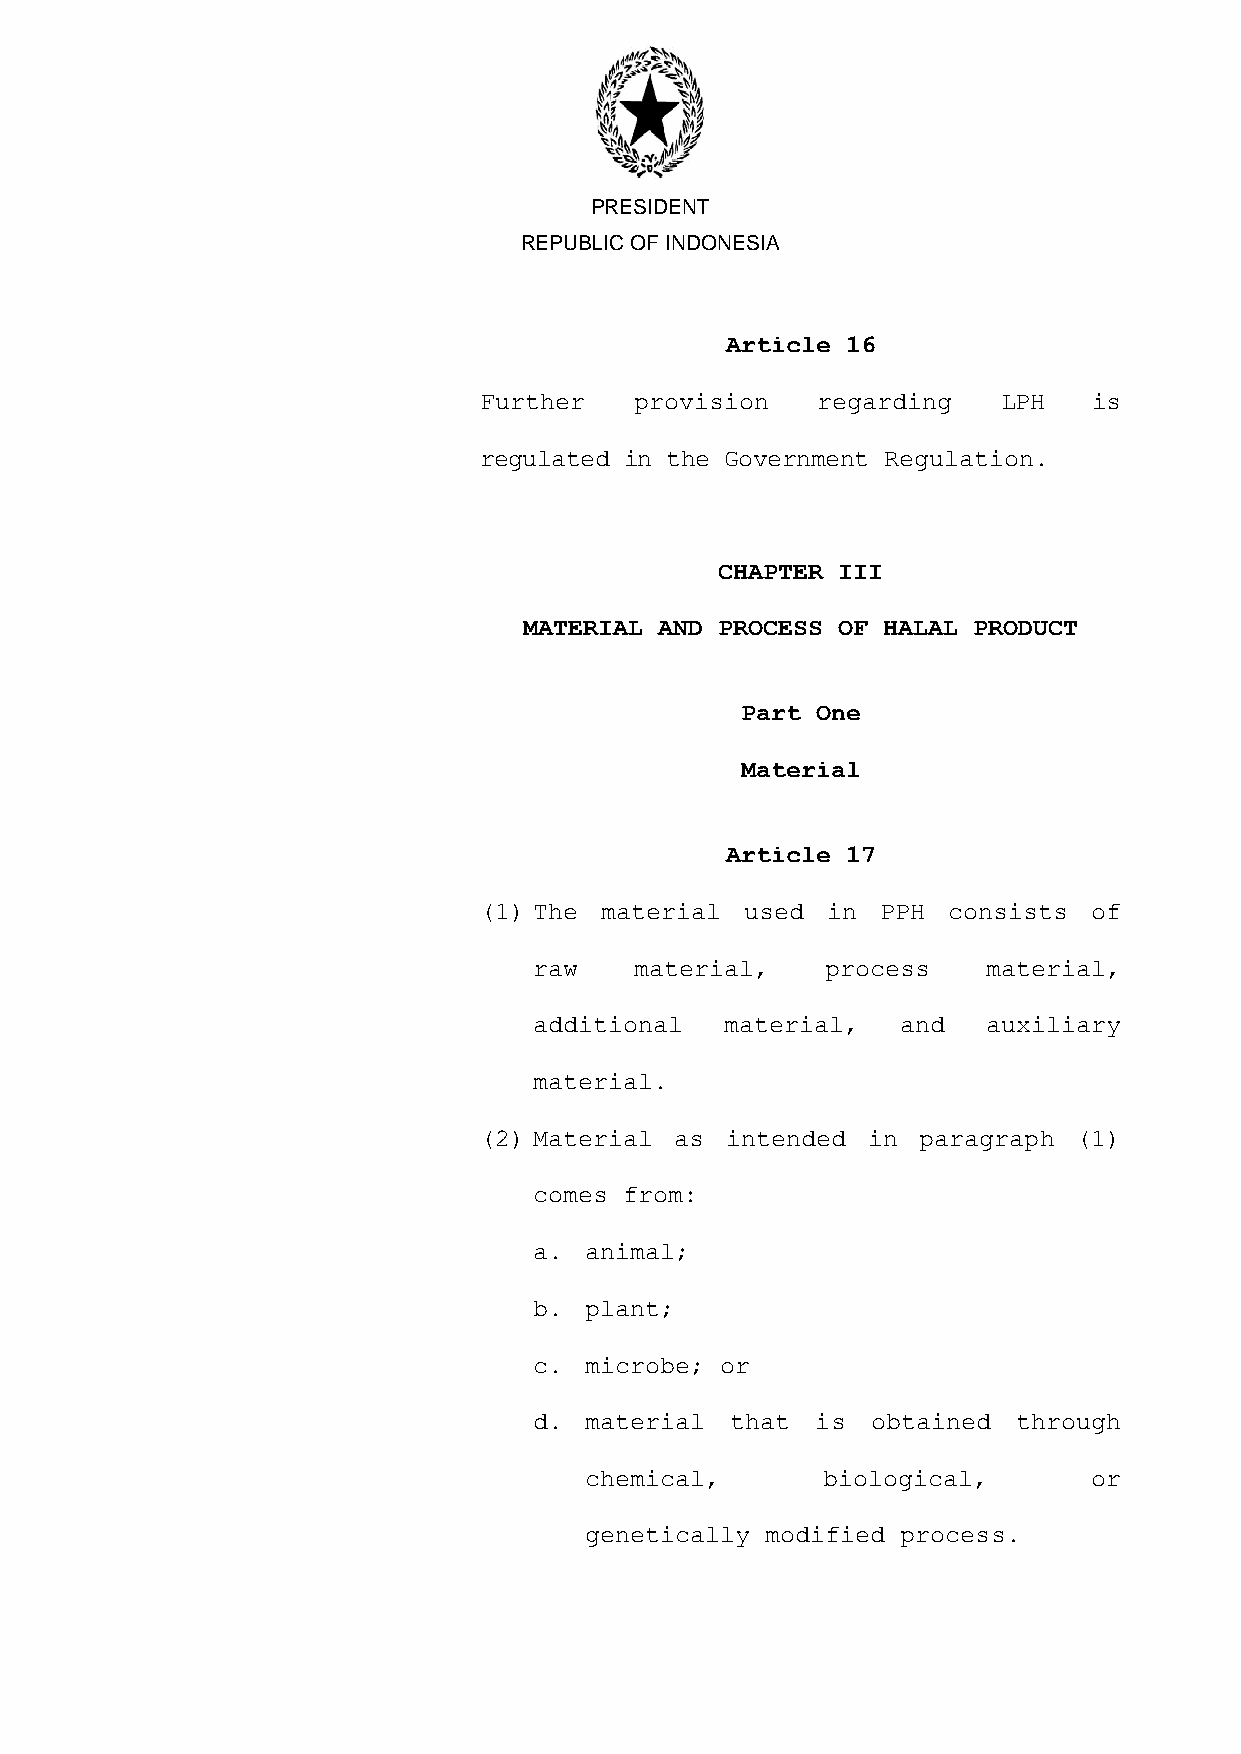
PRESIDENT
 REPUBLIC OF INDONESIA
 Article 16
 Further   provision   regarding   LPH   is
 regulated in the Government Regulation.
 CHAPTER III
 MATERIAL AND PROCESS OF HALAL PRODUCT
 Part One
 Material
 Article 17
 (1) The material used  in PPH  consists of
 raw    material,    process   material,
 additional   material,   and  auxiliary
 material.
 (2) Material as intended in  paragraph (1)
 comes from:
 a.  animal;
 b.  plant;
 c.  microbe; or
 d.  material that  is  obtained through
 chemical,      biological,       or
 genetically modified process.